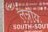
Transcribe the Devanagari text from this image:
लन्नोय